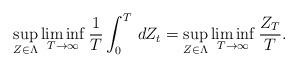
LaTeX: \begin{align*}\sup_{Z\in\Lambda}\liminf_{T\rightarrow\infty} \frac{1}{T}\int_0^T\,dZ_t=\sup_{Z\in\Lambda}\liminf_{T\rightarrow\infty} \frac{ Z_T}{T}.\end{align*}